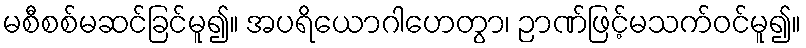
မစီစစ်မဆင်ခြင်မူ၍။ အပရိယောဂါဟေတွာ၊ ဉာဏ်ဖြင့်မသက်ဝင်မူ၍။